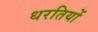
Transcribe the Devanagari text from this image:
धरतियों